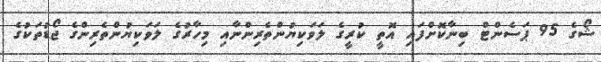
ޝޯގެ 95 ޕަސެންޓް ބިނާކޮށްފައި އޮތީ ކުރީގެ ލަވަކިޔުންތެރިންނާއި މިހާރުގެ ލަވަކިޔުންތެރިންގެ ޖޯޑުތަކުގެ